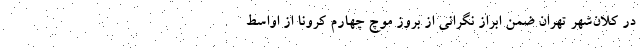
در کلان‌شهر تهران ضمن ابراز نگرانی از بروز موچ چهارم کرونا از اواسط